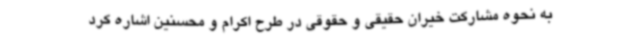
به نحوه مشارکت خیران حقیقی و حقوقی در طرح اکرام و محسنین اشاره کرد